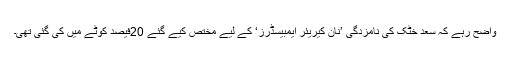
واضح رہے کہ سعد خٹک کی نامزدگی ’نان کیریئر ایمبیسڈرز‘ کے لیے مختص کیے گئے 20فیصد کوٹے میں کی گئی تھی۔